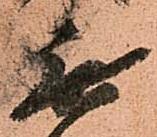
無